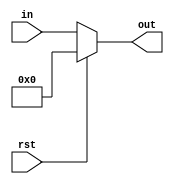
module State_Register #(parameter W=4) (in,rst,out); 

input rst; 
input [W-1:0] in; 
output reg [W-1:0] out; 

always @(in) 
begin 
	if (rst)
	out = 0; 
	else 
	out = in;  
end 

endmodule